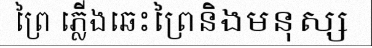
ព្រៃ ភ្លើងឆេះព្រៃនិងមនុស្ស